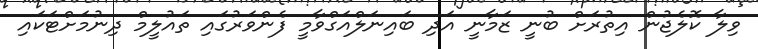
ވިލާ ކޮލެޖުން އިތުރަށް ބުނީ ޒަމާނީ އަދި ބައިނަލްއަގްވާމީ ފެންވަރުގައި ތައުލީމް ދިނުމަށްޓަކައި